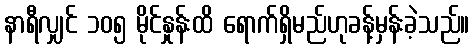
နာရီလျှင် ၁၀၅ မိုင်နှုန်းထိ ရောက်ရှိမည်ဟုခန့်မှန်းခဲ့သည်။